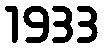
1933